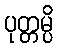
ပုတ္တမ္ပိ